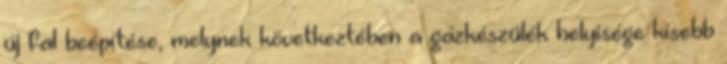
új fal beépítése, melynek következtében a gázkészülék helyisége kisebb